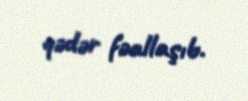
qədər fəallaşıb.